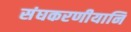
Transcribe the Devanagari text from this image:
संघकरणीयानि